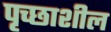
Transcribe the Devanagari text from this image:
पृच्छाशील